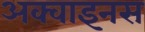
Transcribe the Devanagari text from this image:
अक्वाइनस